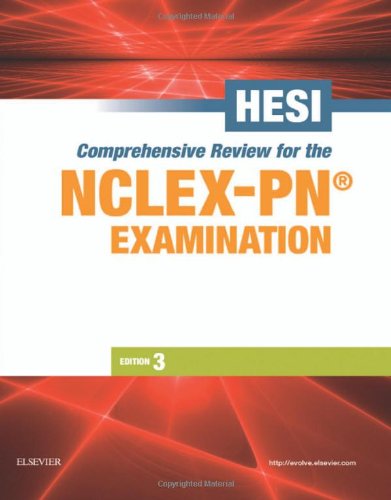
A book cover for HESI Comprehensive Review for the NCLEX-PNÂ®  Examination, 3e; HESI; Medical Books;